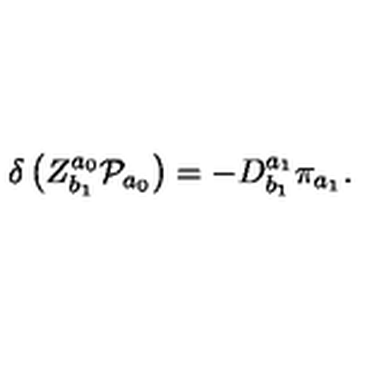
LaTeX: \delta \left( Z _ { b _ { 1 } } ^ { a _ { 0 } } { \cal P } _ { a _ { 0 } } \right) = - D _ { b _ { 1 } } ^ { a _ { 1 } } \pi _ { a _ { 1 } } .